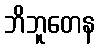
ဘိဘူတေန